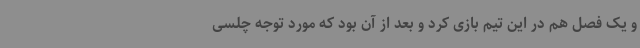
و یک فصل هم در این تیم بازی کرد و بعد از آن بود که مورد توجه چلسی